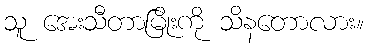
သူ အေးသီတာမြိုးကို သိနတောလား။